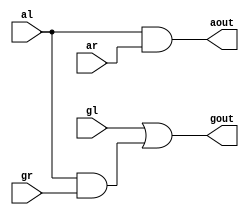
module circle(gl,al,gr,ar,gout,aout);
input gl,gr,al,ar;
output gout,aout;
assign gout=gl|(al&gr);
assign aout=al&ar;
endmodule